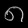
Digit: ၈